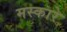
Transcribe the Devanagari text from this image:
मस्कारे